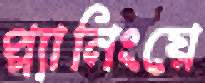
প্ল্যানিংয়ে